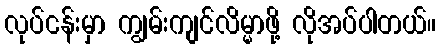
လုပ်ငန်းမှာ ကျွမ်းကျင်လိမ္မာဖို့ လိုအပ်ပါတယ်။